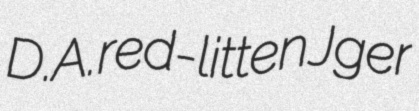
D.A. red-litten Jger